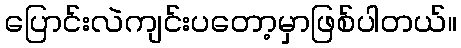
ပြောင်းလဲကျင်းပတော့မှာဖြစ်ပါတယ်။